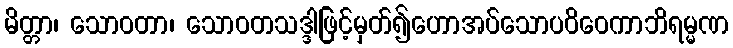
မိတ္တာ၊ သောဝတာ၊ သောဝတသဒ္ဒါဖြင့်မှတ်၍ဟောအပ်သောပဝိဝေကာဘိရမ္မဏ